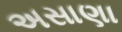
અસાણા